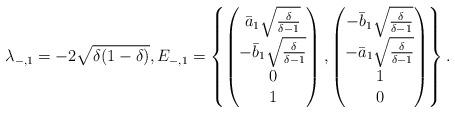
LaTeX: \begin{align*}\lambda_{-,1} = -2 \sqrt{\delta(1-\delta)}, E_{-,1} = \left\{ \begin{pmatrix}\bar{a}_1 \sqrt{\frac{\delta}{\delta-1}} \\ -\bar{b}_1 \sqrt{\frac{\delta}{\delta-1}} \\ 0 \\1\end{pmatrix},\begin{pmatrix}-\bar{b}_1 \sqrt{\frac{\delta}{\delta-1}} \\ -\bar{a}_1 \sqrt{\frac{\delta}{\delta-1}} \\ 1 \\0\end{pmatrix}\right\}.\end{align*}